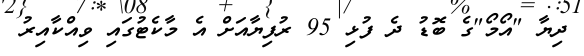
ދިޔާ "އޯމޯ"ގެ ބޮޑު ދެ ފުޅި 95 ރުފިޔާއަށް އެ މާކެޓުގައި ވިއްކާއިރު